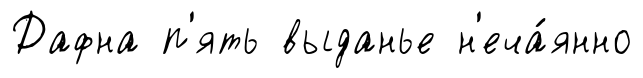
Дафна п'ять выданье н'еча́янно